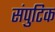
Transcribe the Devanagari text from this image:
संपुटिक